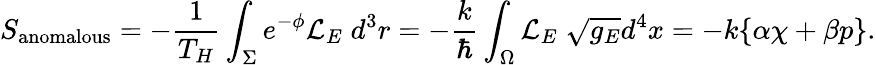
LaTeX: S_{\mathrm{anomalous}}=-{\frac{1}{T_{H}}}\int_{\Sigma}e^{-\phi}{\cal L}_{E}\; d^{3}r=-{\frac{k}{\hbar}}\int_{\Omega}{\cal L}_{E}\; \sqrt{g_{E}}d^{4}x=-k\{ \alpha\chi+\beta p\} .